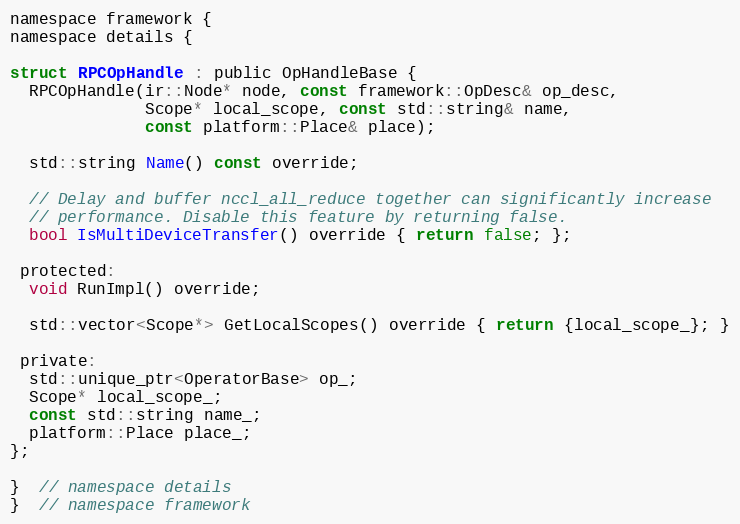
Language: C
namespace framework {
namespace details {

struct RPCOpHandle : public OpHandleBase {
  RPCOpHandle(ir::Node* node, const framework::OpDesc& op_desc,
              Scope* local_scope, const std::string& name,
              const platform::Place& place);

  std::string Name() const override;

  // Delay and buffer nccl_all_reduce together can significantly increase
  // performance. Disable this feature by returning false.
  bool IsMultiDeviceTransfer() override { return false; };

 protected:
  void RunImpl() override;

  std::vector<Scope*> GetLocalScopes() override { return {local_scope_}; }

 private:
  std::unique_ptr<OperatorBase> op_;
  Scope* local_scope_;
  const std::string name_;
  platform::Place place_;
};

}  // namespace details
}  // namespace framework